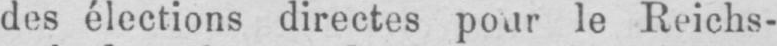
des élections directes pour le Reichs-